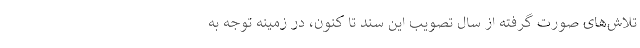
تلاش‌های صورت گرفته از سال تصویب این سند تا کنون، در زمینه توجه به